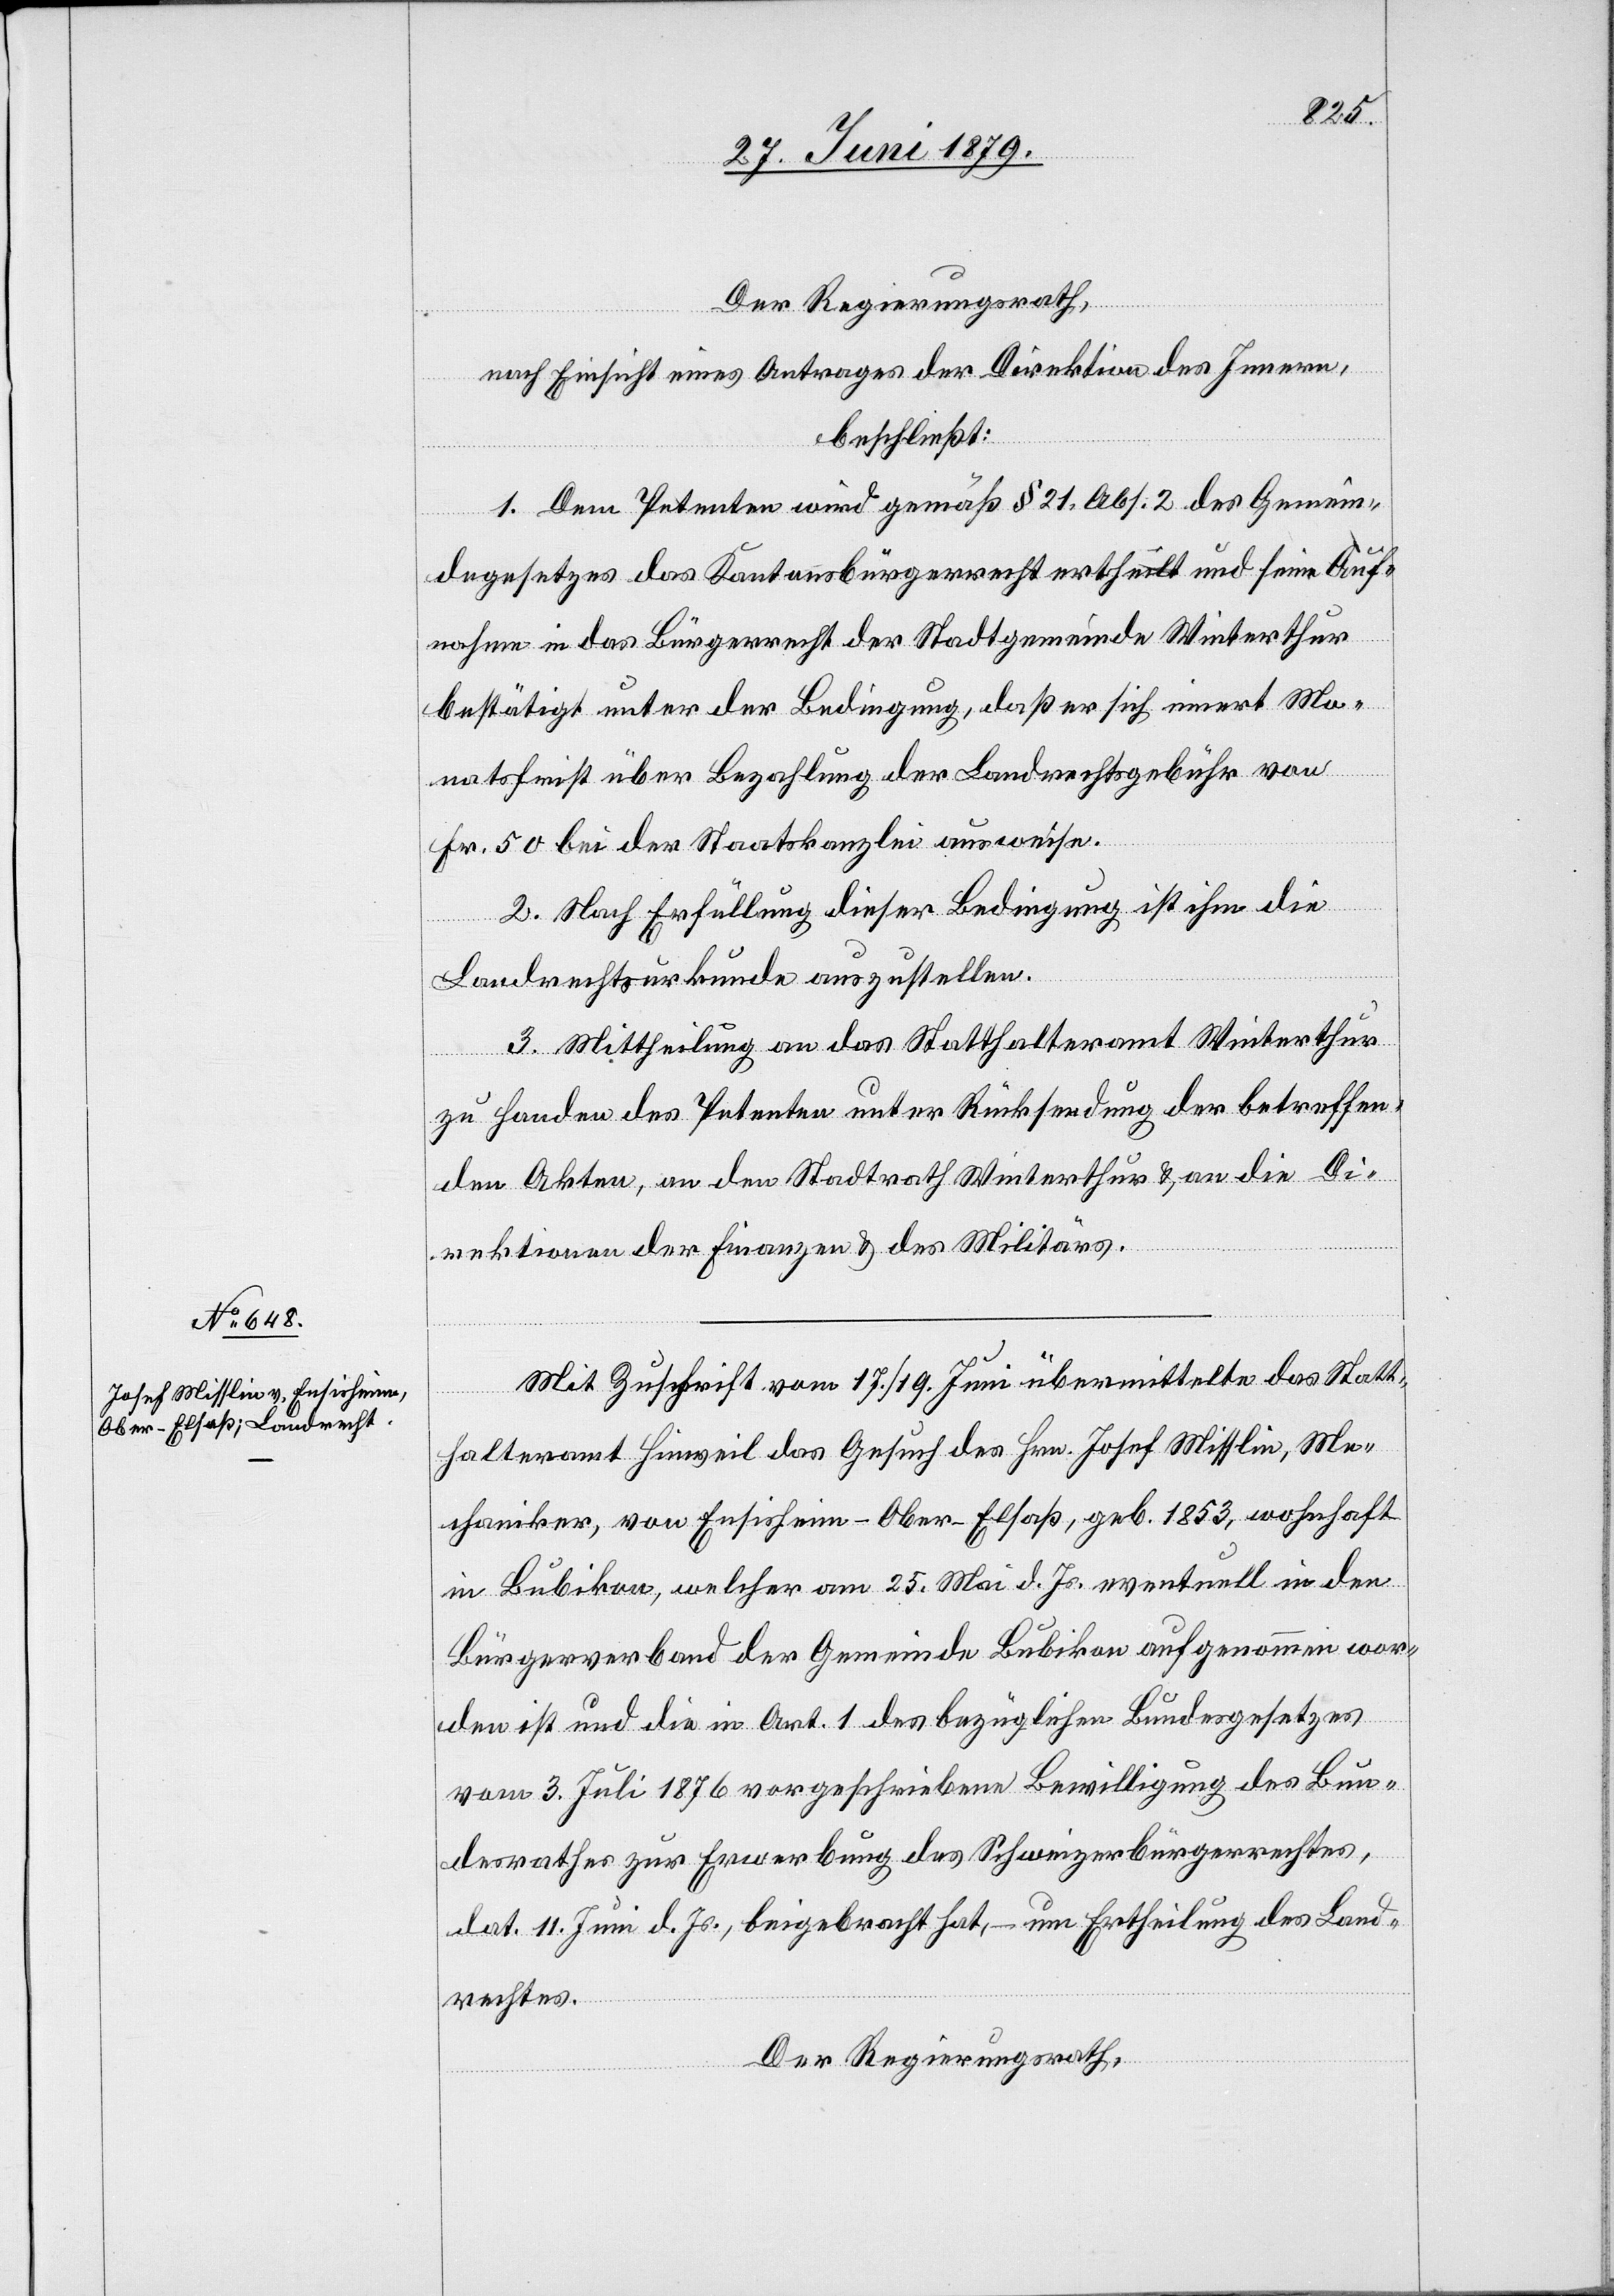
Der Regierungsrath,
nach Einsicht eines Antrages der Direktion des Innern,
beschließt:
1. Dem Petenten wird gemäß § 21, Abs. 2 des Gemein¬
degesetzes das Kantonsbürgerrecht ertheilt und seine Auf¬
nahme in das Bürgerrecht der Stadtgemeinde Winterthur
bestätigt unter der Bedingung, daß er sich innert Mo¬
natsfrist über Bezahlung der Landrechtsgebühr von
Fr. 50 bei der Staatskanzlei ausweise.
2. Nach Erfüllung dieser Bedingung ist ihm die
Landrechtsurkunde auszustellen.
3. Mittheilung an das Statthalteramt Winterthur
zu Handen des Petenten unter Rücksendung der betreffen¬
den Akten, an den Stadtrath Winterthur & an die Di¬
rektionen der Finanzen & des Militärs.
Mit Zuschrift vom 17./19. Juni übermittelte das Statt¬
halteramt Hinweil das Gesuch des Hrn. Josef Misslin, Me¬
chaniker, von Ensisheim - Ober-Elsaß, geb. 1853, wohnhaft
in Bubikon, welcher am 25. Mai d. Js. eventuell in den
Bürgerverband der Gemeinde Bubikon aufgenommen wor¬
den ist und die in Art. 1 des bezüglichen Bundesgesetzes
vom 3. Juni 1876 vorgeschriebene Bewilligung des Bun¬
desrathes zur Erwerbung des Schweizerbürgerrechtes,
dat. 11. Juni d. Js., beigebracht hat, – um Ertheilung des Land¬
rechtes.
Der Regierungsrath,